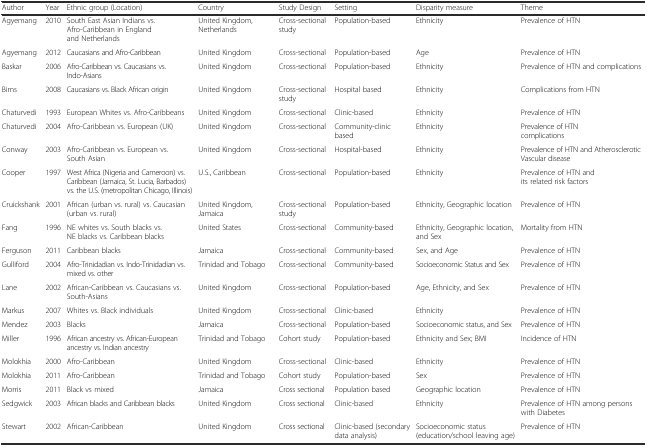
<table><thead><tr><td><b>Author</b></td><td><b>Year</b></td><td><b>Ethnic group (Location)</b></td><td><b>Country</b></td><td><b>Study Design</b></td><td><b>Setting</b></td><td><b>Disparity measure</b></td><td><b>Theme</b></td></tr></thead><tbody><tr><td>Agyemang</td><td>2010</td><td>South East Asian Indians vs. Afro-Caribbean in England and Netherlands</td><td>United Kingdom, Netherlands</td><td>Cross-sectional study</td><td>Population-based</td><td>Ethnicity</td><td>Prevalence of HTN</td></tr><tr><td>Agyemang</td><td>2012</td><td>Caucasians and Afro-Caribbean</td><td>United Kingdom</td><td>Cross-sectional</td><td>Population-based</td><td>Age</td><td>Prevalence of HTN</td></tr><tr><td>Baskar</td><td>2006</td><td>Afro-Caribbean vs. Caucasians vs. Indo-Asians</td><td>United Kingdom</td><td>Cross-sectional</td><td>Population-based</td><td>Ethnicity</td><td>Prevalence of HTN and complications</td></tr><tr><td>Birns</td><td>2008</td><td>Caucasians vs. Black African origin</td><td>United Kingdom</td><td>Cross-sectional study</td><td>Hospital based</td><td>Ethnicity</td><td>Complications from HTN</td></tr><tr><td>Chaturvedi</td><td>1993</td><td>European Whites vs. Afro-Caribbeans</td><td>United Kingdom</td><td>Cross-sectional</td><td>Clinic-based</td><td>Ethnicity</td><td>Prevalence of HTN</td></tr><tr><td>Chaturvedi</td><td>2004</td><td>Afro-Caribbean vs. European (UK)</td><td>United Kingdom</td><td>Cross-sectional</td><td>Community-clinic based</td><td>Ethnicity</td><td>Prevalence of HTN complications</td></tr><tr><td>Conway</td><td>2003</td><td>Afro-Caribbean vs. European vs. South Asian</td><td>United Kingdom</td><td>Cross-sectional</td><td>Hospital-based</td><td>Ethnicity</td><td>Prevalence of HTN and Atherosclerotic Vascular disease</td></tr><tr><td>Cooper</td><td>1997</td><td>West Africa (Nigeria and Cameroon) vs. Caribbean (Jamaica, St. Lucia, Barbados) vs. the U.S. (metropolitan Chicago, Illinois)</td><td>U.S., Caribbean</td><td>Cross-sectional</td><td>Population-based</td><td>Ethnicity</td><td>Prevalence of HTN and its related risk factors</td></tr><tr><td>Cruickshank</td><td>2001</td><td>African (urban vs. rural) vs. Caucasian (urban vs. rural)</td><td>United Kingdom, Jamaica</td><td>Cross-sectional study</td><td>Population-based</td><td>Ethnicity, Geographic location</td><td>Prevalence of HTN</td></tr><tr><td>Fang</td><td>1996</td><td>NE whites vs. South blacks vs. NE blacks vs. Caribbean blacks</td><td>United States</td><td>Cross-sectional</td><td>Community-based</td><td>Ethnicity, Geographic location, and Sex</td><td>Mortality from HTN</td></tr><tr><td>Ferguson</td><td>2011</td><td>Caribbean blacks</td><td>Jamaica</td><td>Cross-sectional</td><td>Community-based</td><td>Sex, and Age</td><td>Prevalence of HTN</td></tr><tr><td>Gulliford</td><td>2004</td><td>Afro-Trinidadian vs. Indo-Trinidadian vs. mixed vs. other</td><td>Trinidad and Tobago</td><td>Cross-sectional</td><td>Community-based</td><td>Socioeconomic Status and Sex</td><td>Prevalence of HTN</td></tr><tr><td>Lane</td><td>2002</td><td>African-Caribbean vs. Caucasians vs. South-Asians</td><td>United Kingdom</td><td>Cross-sectional</td><td>Population-based</td><td>Age, Ethnicity, and Sex</td><td>Prevalence of HTN</td></tr><tr><td>Markus</td><td>2007</td><td>Whites vs. Black individuals</td><td>United Kingdom</td><td>Cross-sectional</td><td>Clinic-based</td><td>Ethnicity</td><td>Prevalence of HTN</td></tr><tr><td>Mendez</td><td>2003</td><td>Blacks</td><td>Jamaica</td><td>Cross-sectional</td><td>Population-based</td><td>Socioeconomic status, and Sex</td><td>Prevalence of HTN</td></tr><tr><td>Miller</td><td>1996</td><td>African ancestry vs. African-European ancestry vs. Indian ancestry</td><td>Trinidad and Tobago</td><td>Cohort study</td><td>Population-based</td><td>Ethnicity and Sex; BMI</td><td>Incidence of HTN</td></tr><tr><td>Molokhia</td><td>2000</td><td>Afro-Caribbean</td><td>United Kingdom</td><td>Cross-sectional</td><td>Clinic-based</td><td>Ethnicity</td><td>Prevalence of HTN</td></tr><tr><td>Molokhia</td><td>2011</td><td>Afro-Caribbean</td><td>Trinidad and Tobago</td><td>Cohort study</td><td>Population-based</td><td>Sex</td><td>Prevalence of HTN</td></tr><tr><td>Morris</td><td>2011</td><td>Black vs mixed</td><td>Jamaica</td><td>Cross sectional</td><td>Population based</td><td>Geographic location</td><td>Prevalence of HTN</td></tr><tr><td>Sedgwick</td><td>2003</td><td>African blacks and Caribbean blacks</td><td>United Kingdom</td><td>Cross sectional</td><td>Clinic-based</td><td>Ethnicity</td><td>Prevalence of HTN among persons with Diabetes</td></tr><tr><td>Stewart</td><td>2002</td><td>African-Caribbean</td><td>United Kingdom</td><td>Cross sectional</td><td>Clinic-based (secondary data analysis)</td><td>Socioeconomic status (education/school leaving age)</td><td>Prevalence of HTN</td></tr></tbody></table>